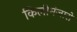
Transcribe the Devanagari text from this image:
किलीमंजारो